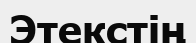
Этекстің